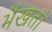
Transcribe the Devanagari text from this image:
भैखतां